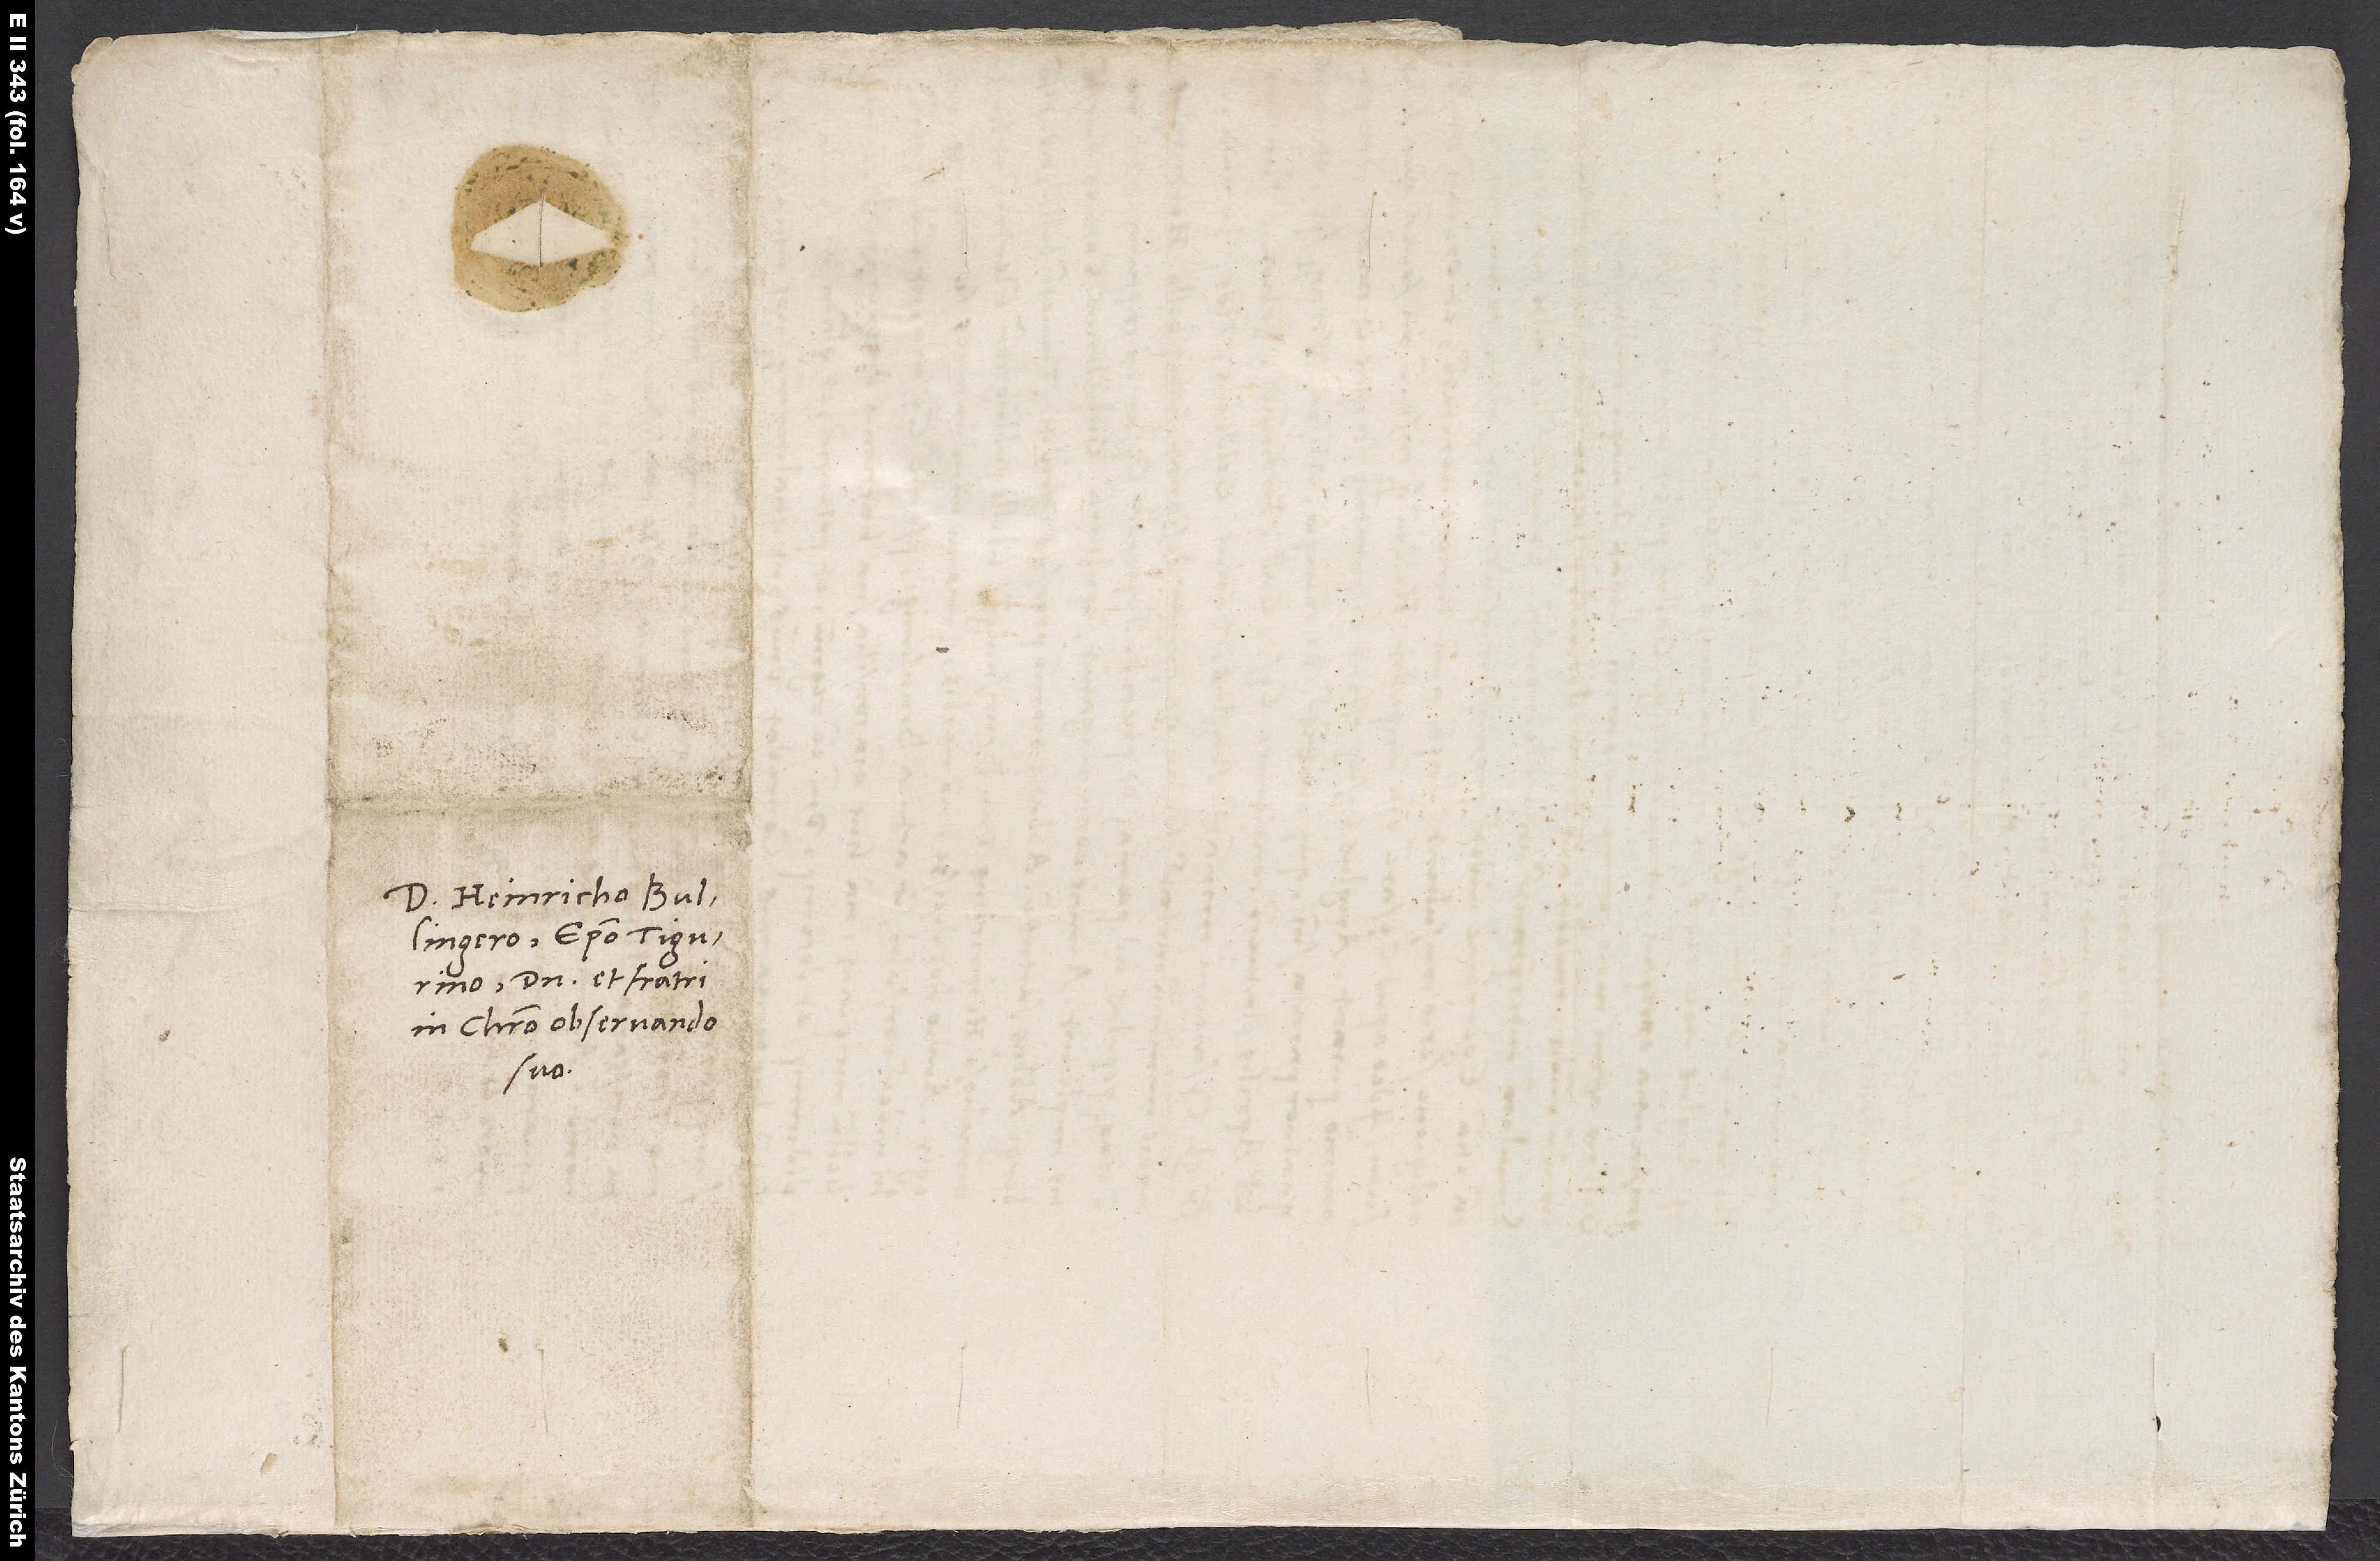
S.

Domino Heinricho Bullingero,
domino et fratri
in Christo observando
suo.